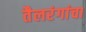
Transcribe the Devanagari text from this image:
तैलरंगांचा